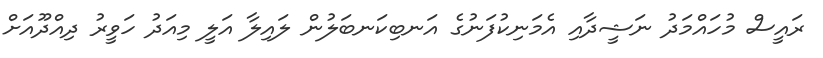
ރައީސް މުހައްމަދު ނަޝީދާއި އެމަނިކުފަނުގެ އަނބިކަނބަލުން ލައިލާ އަލީ މިއަދު ހަވީރު ދިއްދޫއަށް